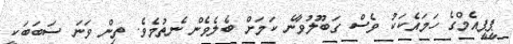
ޕީޕީއެމްގެ ހަމައެކަކު ވެސް ގަބޫލުވާނެ ކަމަށް ބެލެވެން ނެތުމެވެ. ތިން ވަނަ ސަބަބަކީ